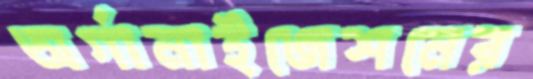
অর্গানাইজেশনের